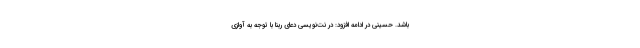
باشد. حسینی در ادامه افزود: در نت‌نویسی دعای ربّنا با توجه به آوازی